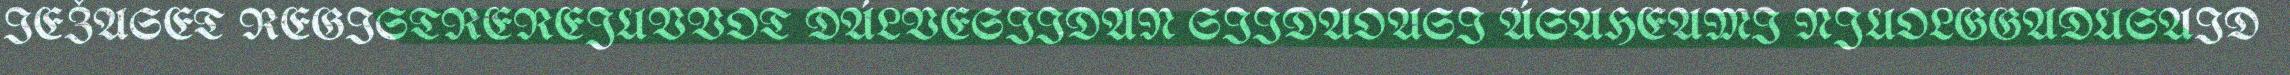
IEŽASET REGISTREREJUVVOT DÁLVESIIDAN SIIDAOASI ÁSAHEAMI NJUOLGGADUSAID